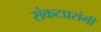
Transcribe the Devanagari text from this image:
संकटप्रसंगी